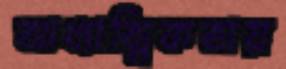
আধ্যাত্মিকতায়